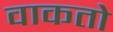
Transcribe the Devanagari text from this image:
वाकतो